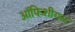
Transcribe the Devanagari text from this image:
ऑफिशीयल